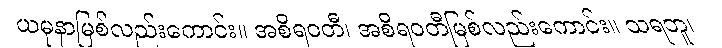
ယမုနာမြစ်လည်းကောင်း။ အစိရဝတီ၊ အစိရဝတီမြစ်လည်းကောင်း။ သရဘူ၊